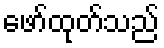
ဖော်ထုတ်သည်